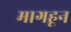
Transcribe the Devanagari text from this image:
मागहून